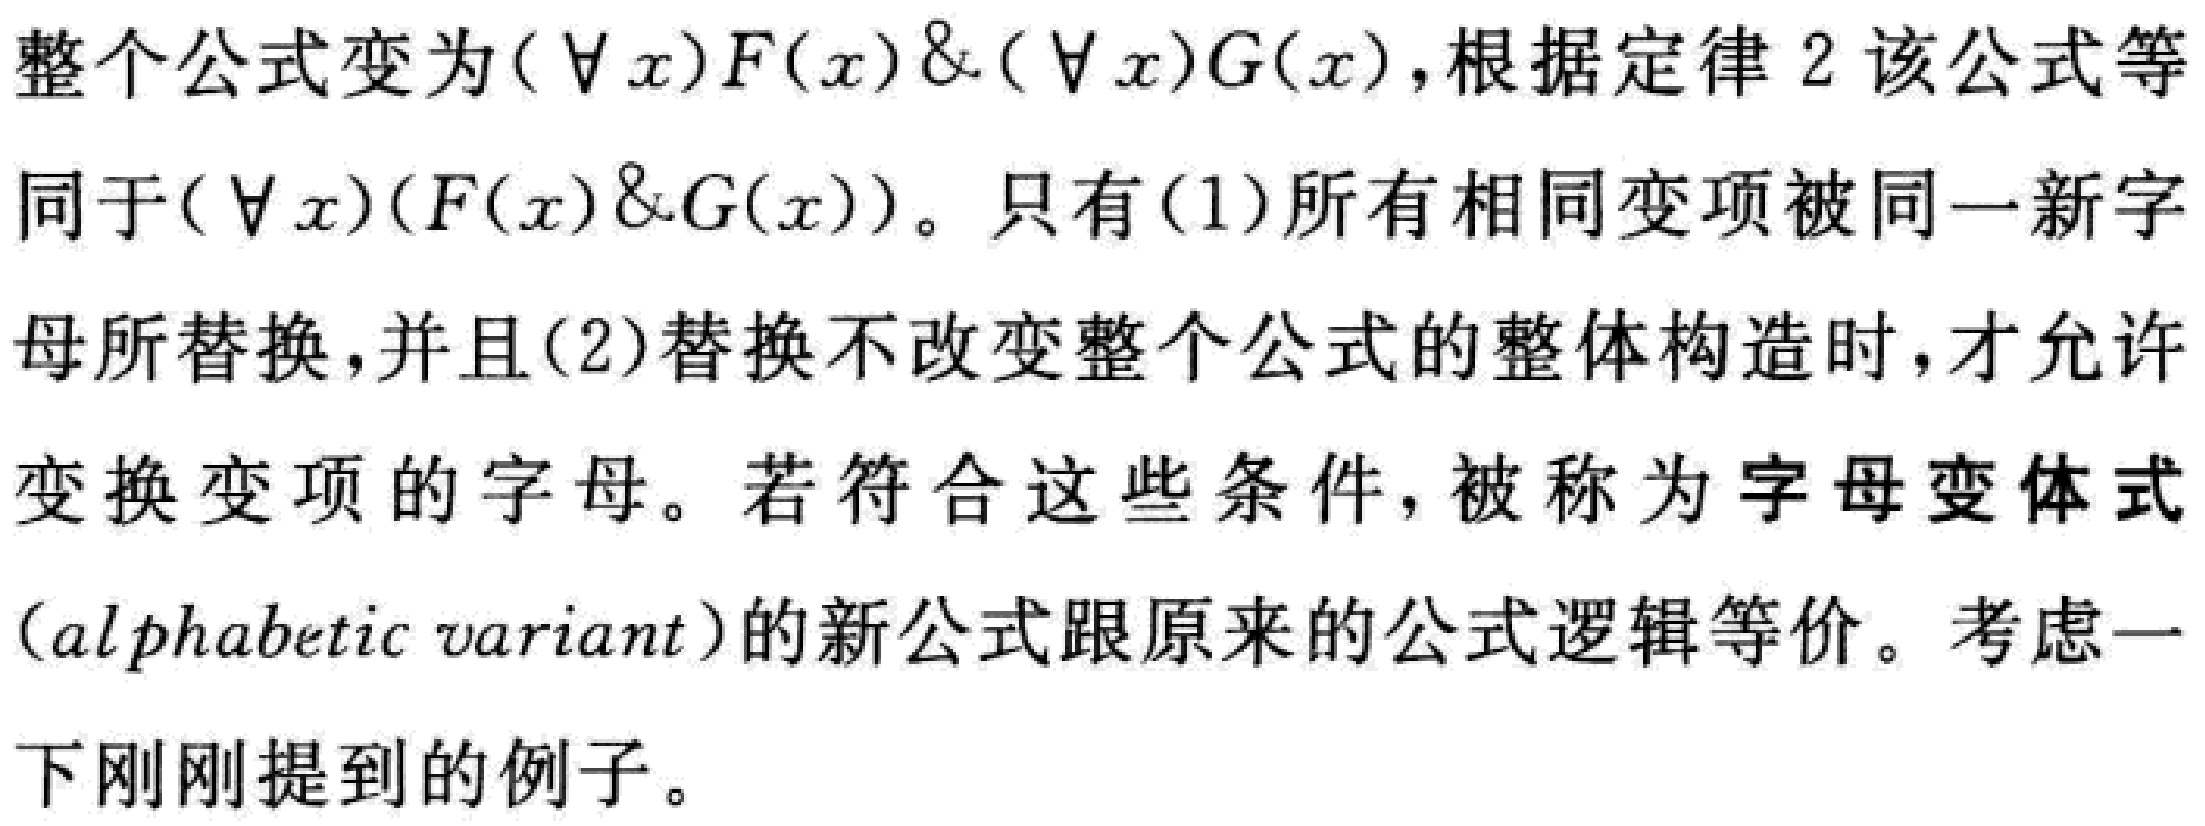
整个公式变为$(\forall x)F(x)\&(\forall x)G(x)$，根据定律2该公式等同于$(\forall x)(F(x)\&G(x))$。只有(1)所有相同变项被同一新字母所替换，并且(2)替换不改变整个公式的整体构造时，才允许变换变项的字母。若符合这些条件，被称为字母变体式(alphabetic variant)的新公式跟原来的公式逻辑等价。考虑一下刚刚提到的例子。